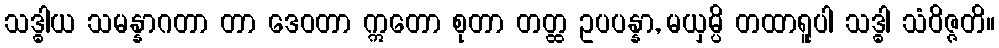
သဒ္ဓါယ သမန္နာဂတာ တာ ဒေဝတာ ဣတော စုတာ တတ္ထ ဥပပန္နာ, မယှမ္ပိ တထာရူပါ သဒ္ဓါ သံဝိဇ္ဇတိ။